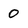
Character: 0